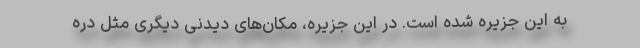
به این جزیره شده است. در این جزیره، مکان‌های دیدنی دیگری مثل دره